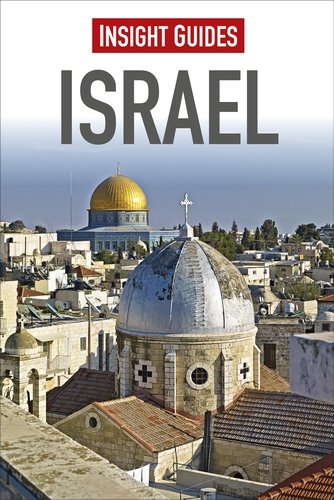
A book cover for Insight Guides: Israel; Insight Guides; Travel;